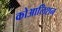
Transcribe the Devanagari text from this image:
कोआलिशन